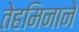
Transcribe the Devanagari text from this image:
तेहमिनाने